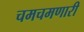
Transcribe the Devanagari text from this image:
चमचमणारी